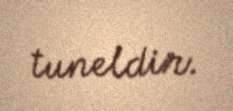
tuneldir.